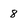
Character: 8